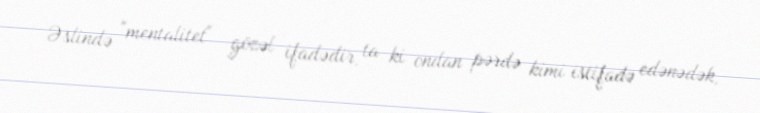
Əslində "mentalitet" gözəl ifadədir, ta ki ondan pərdə kimi istifadə edənədək,